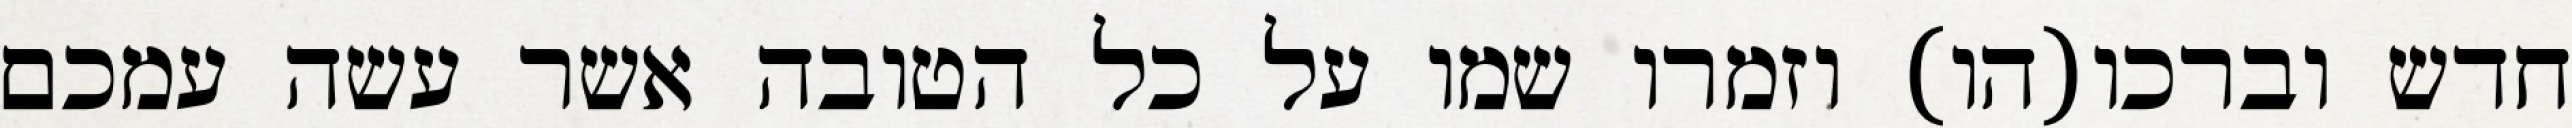
חדש וברכו(הו) וזמרו שמו על כל הטובה אשר עשה עמכם